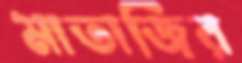
মাতাজির